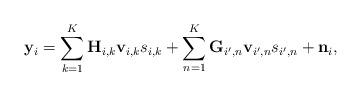
LaTeX: \begin{align*}\mathbf{y}_{i}=\sum_{k=1}^{K}\mathbf{H}_{i,k}\mathbf{v}_{i,k}s_{i,k}+\sum_{n=1}^{K}\mathbf{G}_{i',n}\mathbf{v}_{i',n}s_{i',n}+\mathbf{n}_{i},\end{align*}